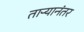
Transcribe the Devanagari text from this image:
ताऱ्यानंतर